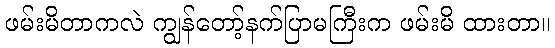
ဖမ်းမိတာကလဲ ကျွန်တော့်နက်ပြာမကြီးက ဖမ်းမိ ထားတာ။